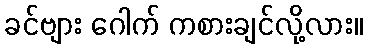
ခင်ဗျား ဂေါက် ကစားချင်လို့လား။